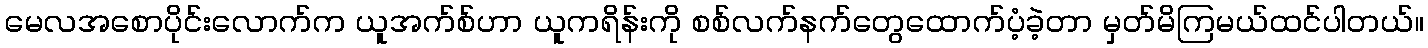
မေလအစောပိုင်းလောက်က ယူအက်စ်ဟာ ယူကရိန်းကို စစ်လက်နက်တွေထောက်ပံ့ခဲ့တာ မှတ်မိကြမယ်ထင်ပါတယ်။